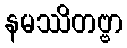
နမဿိတဗ္ဗာ